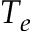
T _ { e }